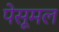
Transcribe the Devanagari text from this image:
पेसूमल